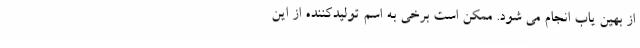
از بهین یاب انجام می شود. ممکن است برخی به اسم تولیدکننده از این